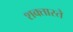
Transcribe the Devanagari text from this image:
शक्तास्ते